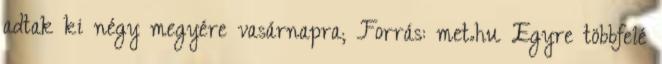
adtak ki négy megyére vasárnapra; Forrás: met.hu Egyre többfelé